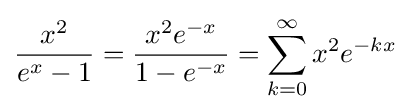
{\frac {x^{2}}{e^{x}-1}}={\frac {x^{2}e^{-x}}{1-e^{-x}}}=\sum _{k=0}^{\infty }x^{2}e^{-kx}